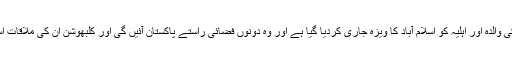
انہوں نے بتایا کہ بھارتی جاسوس کی والدہ اور اہلیہ کو اسلام آباد کا ویزہ جاری کردیا گیا ہے اور وہ دونوں فضائی راستے پاکستان آئیں گی اور کلبھوشن ان کی ملاقات اسلام آباد میں دفترِ خارجہ میں ہوگی۔